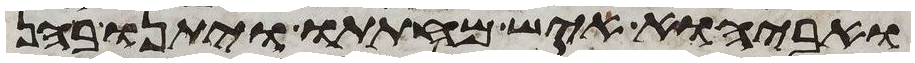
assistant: ואביהוא איש מחתתו ויתנו בהן